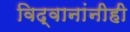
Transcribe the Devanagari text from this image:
विद्वानांनीही